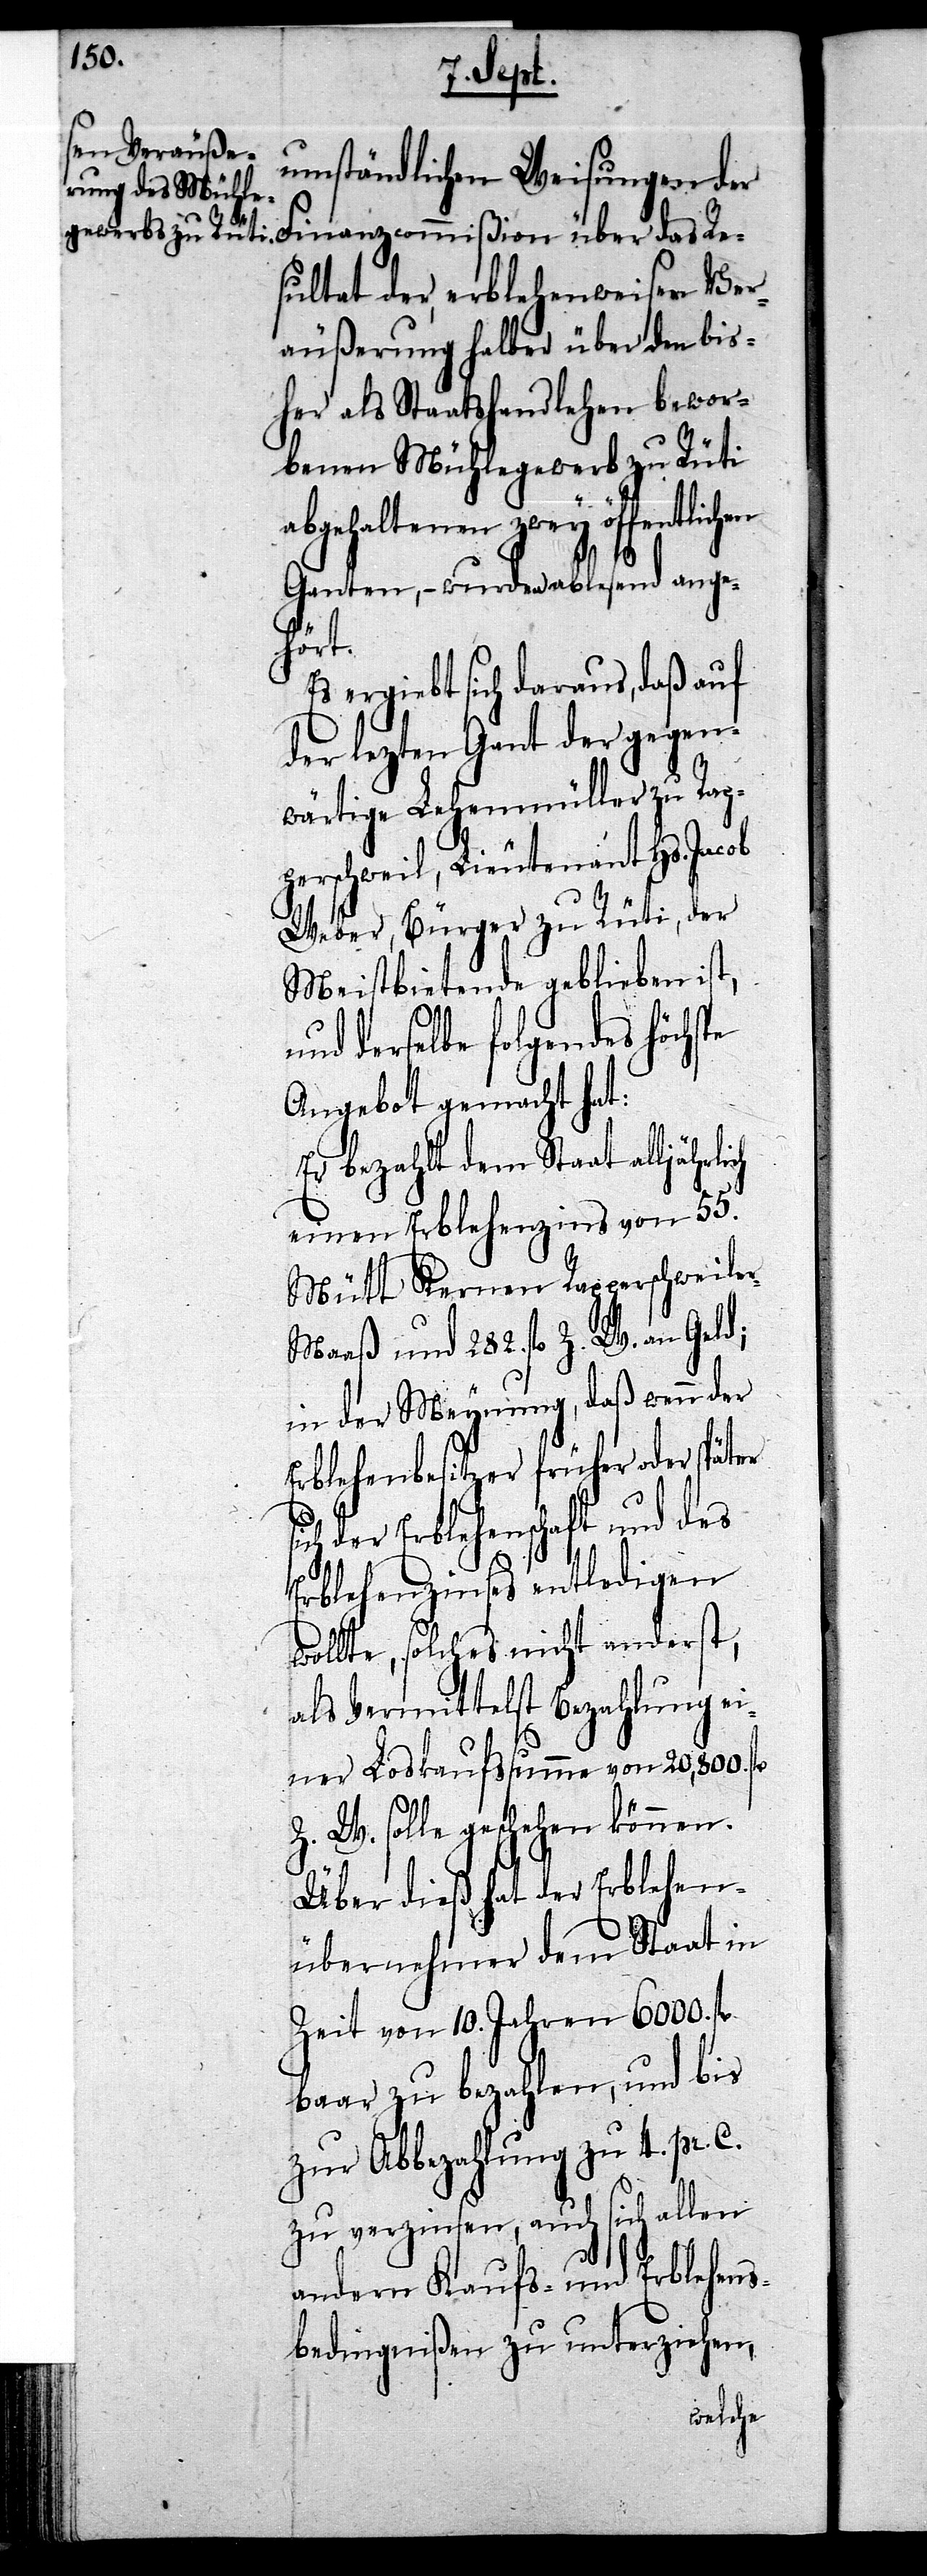
umständlichen Weisungen der
ntlichen
C.
sultat der erblehenweisen Ver¬
äußerung halber über den bis¬
her als Staatshandlehen bewor¬
benen Mühlegewerb zu Rüti
abgehaltenen zwey öffe¬
Ganten, – wurden ablesend ange¬
hört.
Es ergiebt sich daraus, daß auf
der lezten Gant der gegen¬
wärtige Lehenmüller zu Rap¬
perschweil, Lieutenant Hs.
Weber, Bürger zu Rüti, der
Meistbietende geblieben ist,
und derselbe folgendes höchs¬
Angebot gemacht hat:
Er bezahlt dem Staat alljährl¬
einen Erblehenzins von 55.
Mütt Kernen Rapperschweile¬
r-Maaß und 282. fl. Z. W. an Geld;
in der Meynung, daß wenn der
Erblehenbesitzer früher oder später
ich der Erblehenschaft und des
Erblehenzinses entledigen
wollte, solches nicht anderst,
als Vermittelst Bezahlung ei¬
ner Loskaufssumme von 20,800. fl
Z. W. solle geschehen können.
Über dieß hat der Erblehen¬
übernehmer dem Staat in
Zeit von 10. Jahren 6000. fl
baar zu bezahlen, und bis
zur Abbezahlung zu 4. pr.
zu verzinsen, auch sich allen
andern Kaufs- und Erblehens¬
bedingnißen zu unterziehen,